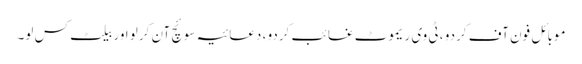
موبائل فون آف کردو ، ٹی وی ریموٹ غائب کردو ، دعائیہ سوئچ آن کرلو اور بیلٹ کس لو۔